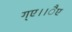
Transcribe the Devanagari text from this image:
ग्ए।।ैए